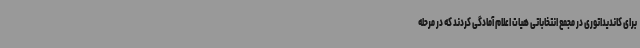
برای کاندیداتوری در مجمع انتخاباتی هیات اعلام آمادگی کردند که در مرحله